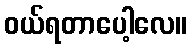
ဝယ်ရတာပေါ့လေ။